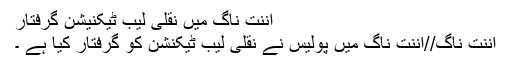
اننت ناگ میں نقلی لیب ٹیکنیشن گرفتار
اننت ناگ//اننت ناگ میں پولیس نے نقلی لیب ٹیکنشن کو گرفتار کیا ہے ۔